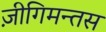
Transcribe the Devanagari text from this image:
ज़ीगिमन्तस